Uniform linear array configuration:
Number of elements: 32
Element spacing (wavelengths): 0.75
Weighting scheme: hann
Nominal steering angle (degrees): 0
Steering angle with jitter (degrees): -0.4816
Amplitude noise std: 0.05
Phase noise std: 0.05

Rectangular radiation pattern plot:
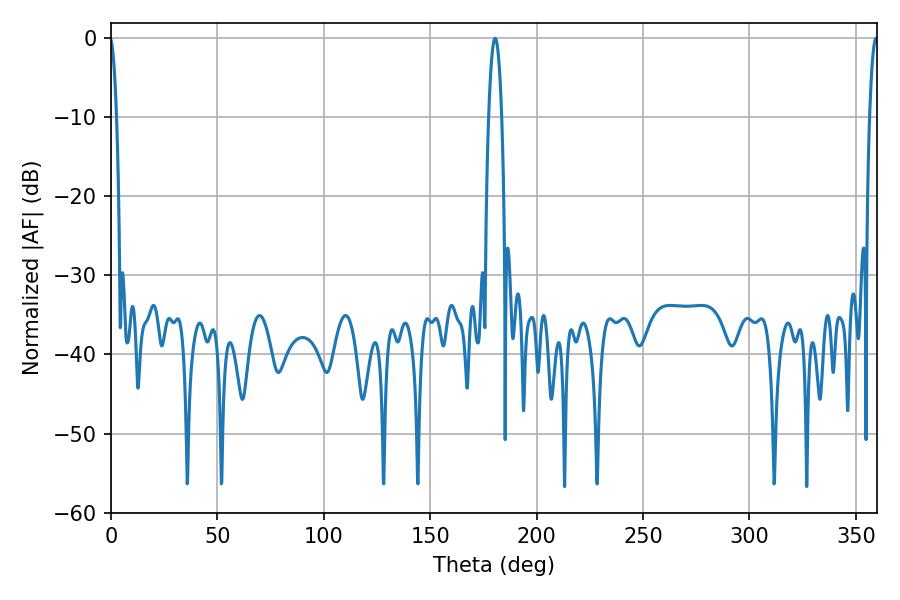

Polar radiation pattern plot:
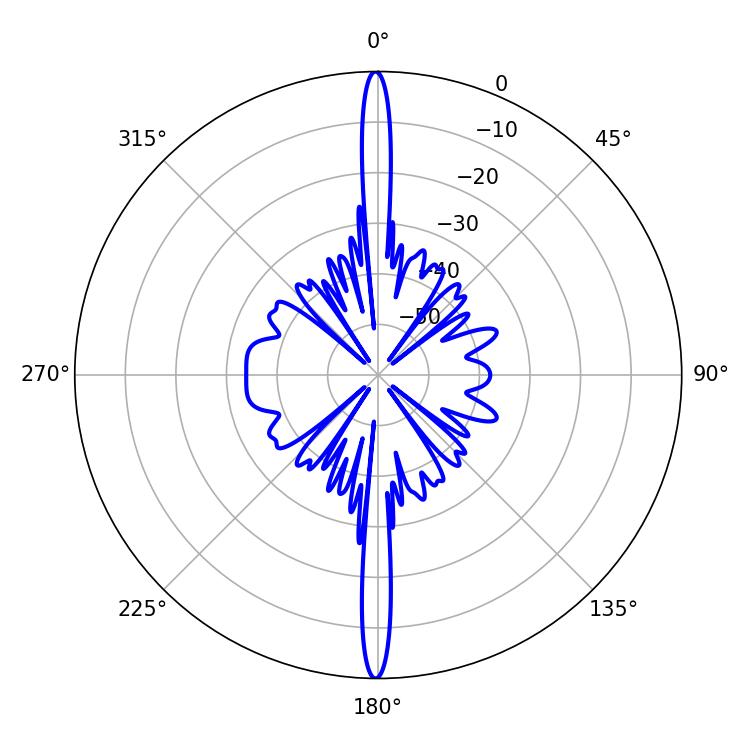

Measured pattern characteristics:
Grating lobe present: TRUE
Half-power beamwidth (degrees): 2.16
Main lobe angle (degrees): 359.46